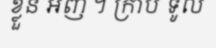
ខ្លួន អញ ។ ក្រាប ទូល